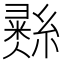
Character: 𢑲